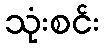
သုံးစင်း